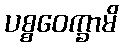
ပစ္စဝေက္ခာမိ